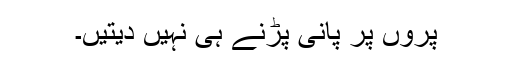
پروں پر پانی پڑنے ہی نہیں دیتیں۔